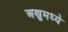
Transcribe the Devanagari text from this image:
अणुमध्ये